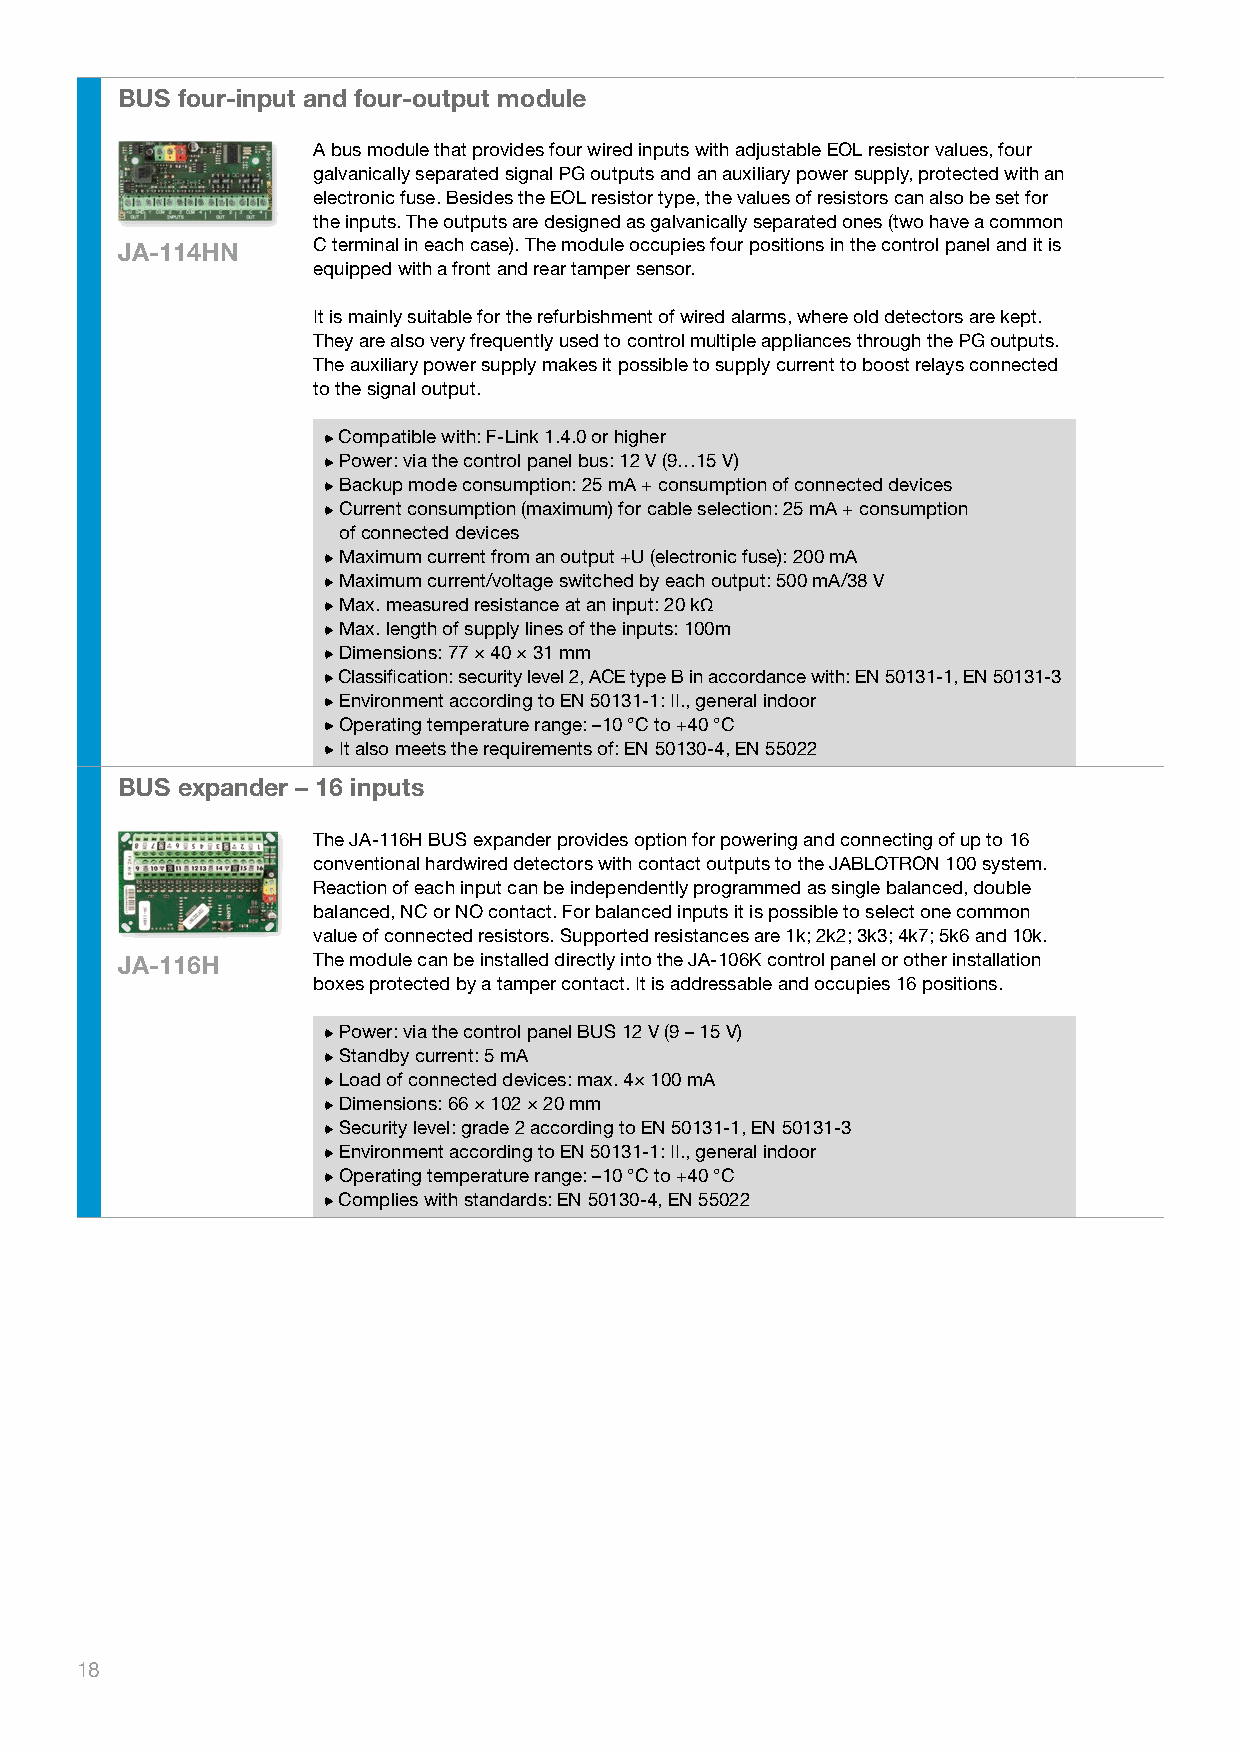
BUS four-input and four-output module
 A bus module that provides four wired inputs with adjustable EOL resistor values, four
 galvanically separated signal PG outputs and an auxiliary power supply, protected with an
 electronic fuse. Besides the EOL resistor type, the values of resistors can also be set for
 the inputs. The outputs are designed as galvanically separated ones (two have a common
 JA-114HN     C terminal in each case). The module occupies four positions in the control panel and it is
 equipped with a front and rear tamper sensor.
 It is mainly suitable for the refurbishment of wired alarms, where old detectors are kept.
 They are also very frequently used to control multiple appliances through the PG outputs.
 The auxiliary power supply makes it possible to supply current to boost relays connected
 to the signal output.
 Compatible with: F-Link 1.4.0 or higher
 Power: via the control panel bus: 12 V (9…15 V)
 Backup mode consumption: 25 mA + consumption of connected devices
 Current consumption (maximum) for cable selection: 25 mA + consumption
 of connected devices
 Maximum current from an output +U (electronic fuse): 200 mA
 Maximum current/voltage switched by each output: 500 mA/38 V
 Max. measured resistance at an input: 20 kΩ
 Max. length of supply lines of the inputs: 100m
 Dimensions: 77 × 40 × 31 mm
 Classification: security level 2, ACE type B in accordance with: EN 50131-1, EN 50131-3
 Environment according to EN 50131-1: II., general indoor
 Operating temperature range: –10 °C to +40 °C
 It also meets the requirements of: EN 50130-4, EN 55022
 BUS expander – 16 inputs
 The JA-116H BUS expander provides option for powering and connecting of up to 16
 conventional hardwired detectors with contact outputs to the JABLOTRON 100 system.
 Reaction of each input can be independently programmed as single balanced, double
 balanced, NC or NO contact. For balanced inputs it is possible to select one common
 value of connected resistors. Supported resistances are 1k; 2k2; 3k3; 4k7; 5k6 and 10k.
 JA-116H      The module can be installed directly into the JA-106K control panel or other installation
 boxes protected by a tamper contact. It is addressable and occupies 16 positions.
 Power: via the control panel BUS 12 V (9 – 15 V)
 Standby current: 5 mA
 Load of connected devices: max. 4× 100 mA
 Dimensions: 66 × 102 × 20 mm
 Security level: grade 2 according to EN 50131-1, EN 50131-3
 Environment according to EN 50131-1: II., general indoor
 Operating temperature range: –10 °C to +40 °C
 Complies with standards: EN 50130-4, EN 55022
 18